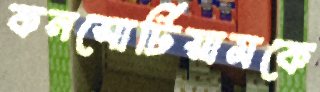
কনসোর্টিয়ামকে